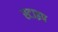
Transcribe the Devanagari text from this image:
स्टाइप